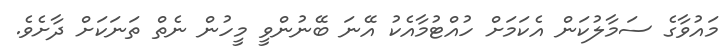
މައުވާގެ ސަމާލުކަން އެކަމަށް ހުއްޓުމާއެކު އޭނަ ބޭނުންވީ މީހުން ނެތް ތަނަކަށް ދާށެވެ.